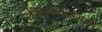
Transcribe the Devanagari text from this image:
कवितागायनासाठी